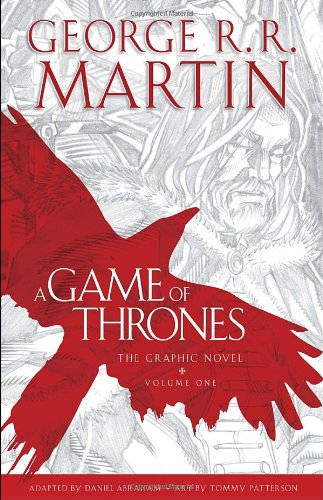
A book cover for A Game of Thrones: The Graphic Novel: Volume One; George R. R. Martin; Comics & Graphic Novels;